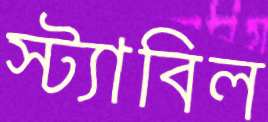
স্ট্যাবিল